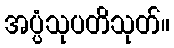
အပ္ပံသုပတိသုတ်။